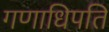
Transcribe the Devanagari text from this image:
गणाधिपति